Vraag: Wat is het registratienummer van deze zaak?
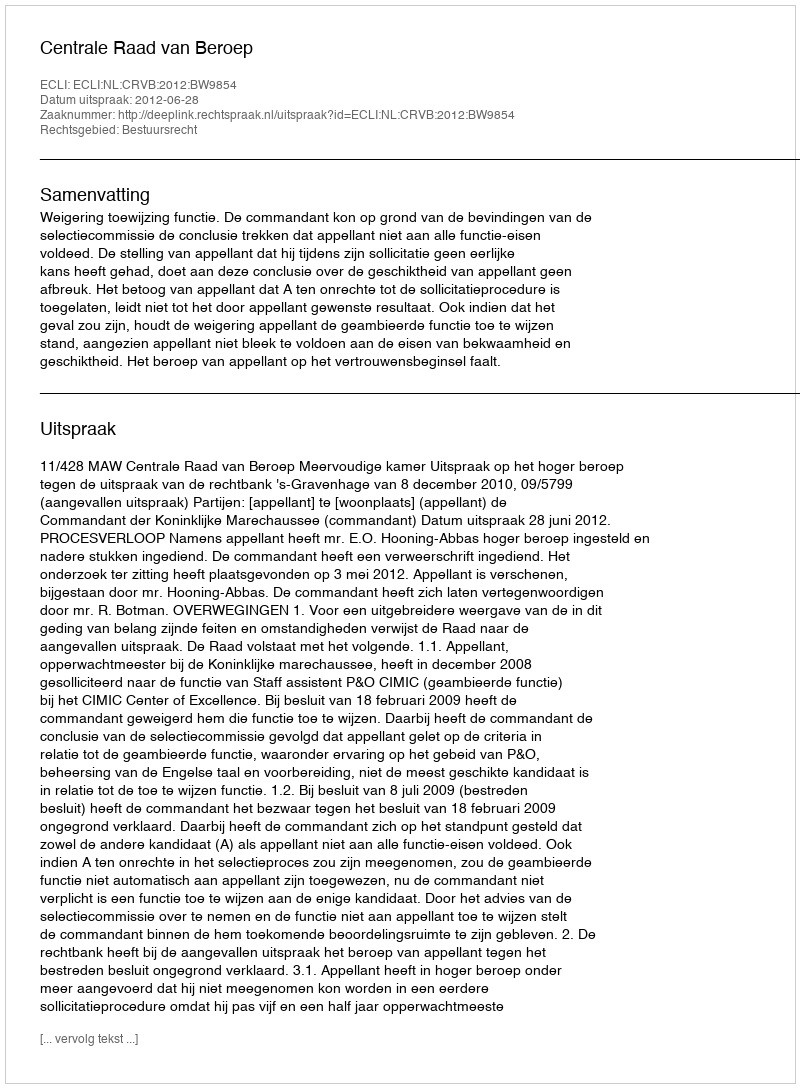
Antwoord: http://deeplink.rechtspraak.nl/uitspraak?id=ECLI:NL:CRVB:2012:BW9854